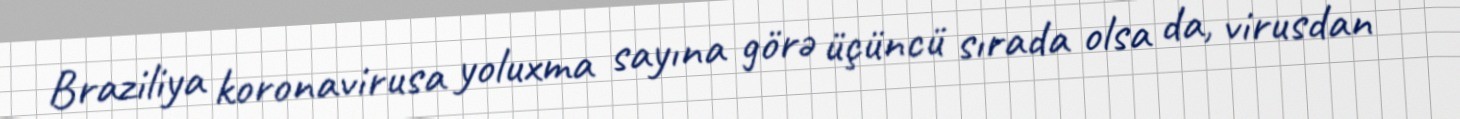
Braziliya koronavirusa yoluxma sayına görə üçüncü sırada olsa da, virusdan